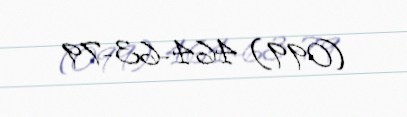
(099) 464-63-79